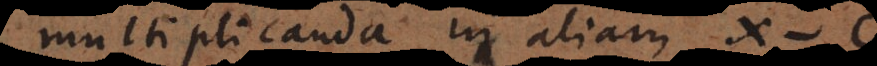
multiplicanda in aliam x